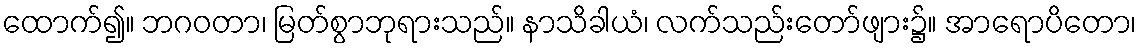
ထောက်၍။ ဘဂဝတာ၊ မြတ်စွာဘုရားသည်။ နာသိခါယံ၊ လက်သည်းတော်ဖျား၌။ အာရောပိတော၊